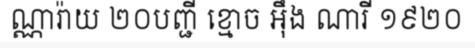
ណ្ណារ៉ាយ ២០បញ្ជី ខ្មោច អ៊ឹង ណារី ១៩២០